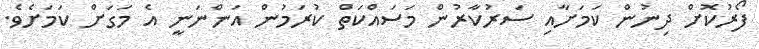
ފޯރުކޮށް ދިނުން ކަމަށާއި ސަރުކާރުން މަސައްކަތް ކުރަމުން އަންނަނީ އެ މަގަށް ކަމަށެވެ.